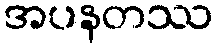
အပနတဿ